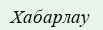
Хабарлау